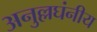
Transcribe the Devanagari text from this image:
अनुल्लघंनीय